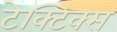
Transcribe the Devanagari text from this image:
टेक्टिक्स